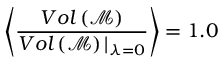
\left< \frac { V o l \left( \mathcal { M } \right) } { V o l \left( \mathcal { M } \right) \vert _ { \lambda = 0 } } \right> = 1 . 0